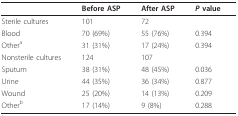
|  | Before ASP | After ASP | P value |
 | --- | --- | --- | --- |
 | Sterile cultures | 101 | 72 |  |
 | Blood | 70 (69%) | 55 (76%) | 0.394 |
 | Othera | 31 (31%) | 17 (24%) | 0.394 |
 | Nonsterile cultures | 124 | 107 |  |
 | Sputum | 38 (31%) | 48 (45%) | 0.036 |
 | Urine | 44 (35%) | 36 (34%) | 0.877 |
 | Wound | 25 (20%) | 14 (13%) | 0.209 |
 | Otherb | 17 (14%) | 9 (8%) | 0.288 |